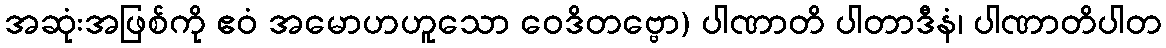
အဆုံးအဖြစ်ကို ဧဝံ အမောဟဟူသော ဝေဒိတဗ္ဗော) ပါဏာတိ ပါတာဒီနံ၊ ပါဏာတိပါတ